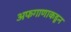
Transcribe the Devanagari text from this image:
अफगाणाकडून